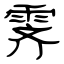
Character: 霁